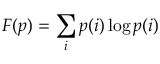
F ( p ) = \sum _ { i } p ( i ) \log p ( i )